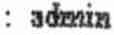
: ADMIN